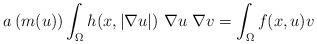
LaTeX: \begin{align*}a\left( m(u)\right) \int_{\Omega} h(x,|\nabla u|) \ \nabla u \ \nabla v= \int_{\Omega} f(x,u) v\end{align*}